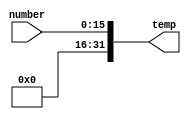
module zero_extender(temp,number);
output [31:0] temp;
input [15:0] number;


and a2(temp[0],number[0],1);
and a3(temp[1],number[1],1);
and a4(temp[2],number[2],1);
and a5(temp[3],number[3],1);
and a6(temp[4],number[4],1);
and a7(temp[5],number[5],1);
and a8(temp[6],number[6],1);
and a9(temp[7],number[7],1);
and a10(temp[8],number[8],1);
and a11(temp[9],number[9],1);
and a12(temp[10],number[10],1);
and a13(temp[11],number[11],1);
and a14(temp[12],number[12],1);
and a15(temp[13],number[13],1);
and a16(temp[14],number[14],1);
and a17(temp[15],number[15],1);


and a18(temp[16],0,1);
and a19(temp[17],0,1);
and a20(temp[18],0,1);
and a21(temp[19],0,1);
and a22(temp[20],0,1);
and a23(temp[21],0,1);
and a24(temp[22],0,1);
and a25(temp[23],0,1);
and a26(temp[24],0,1);
and a27(temp[25],0,1);
and a28(temp[26],0,1);
and a29(temp[27],0,1);
and a30(temp[28],0,1);
and a31(temp[29],0,1);
and a32(temp[30],0,1);
and a33(temp[31],0,1);


endmodule